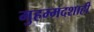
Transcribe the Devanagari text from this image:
मुहम्मदशाही